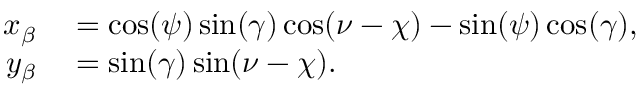
\begin{array} { r l } { x _ { \beta } } & { { } = \cos ( \psi ) \sin ( \gamma ) \cos ( \nu - \chi ) - \sin ( \psi ) \cos ( \gamma ) , } \\ { y _ { \beta } } & { { } = \sin ( \gamma ) \sin ( \nu - \chi ) . } \end{array}